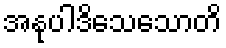
အနုပါဒိသေသောတိ